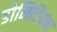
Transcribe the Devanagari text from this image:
डोमिटियन